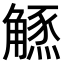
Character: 𧤲